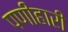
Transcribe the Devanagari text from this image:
पणीहारी